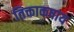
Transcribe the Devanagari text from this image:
तिक्ताकषाय